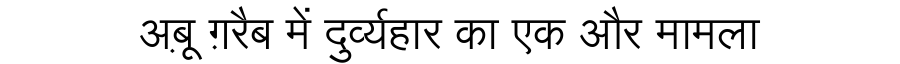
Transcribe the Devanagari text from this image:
अब़ू ग़रैब में दुर्व्यहार का एक और मामला